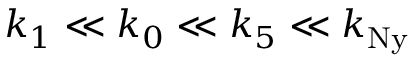
k _ { 1 } \ll k _ { 0 } \ll k _ { 5 } \ll k _ { \mathrm { N y } }